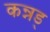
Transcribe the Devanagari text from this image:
कन्नड्